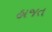
હાજત